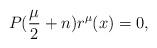
LaTeX: \begin{align*} P(\frac{\mu}{2}+n)r^\mu(x)=0, \end{align*}